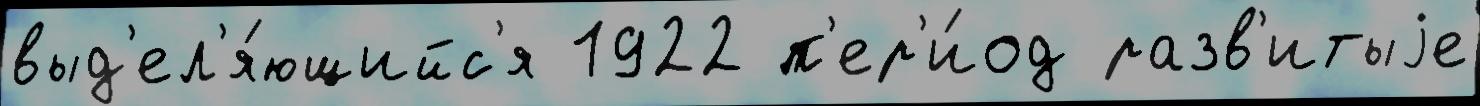
выд'ел'я́ющийс'я 1922 п'ер'и́од разв'итыjе